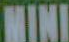
MINI